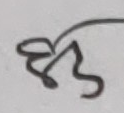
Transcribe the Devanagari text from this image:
भु